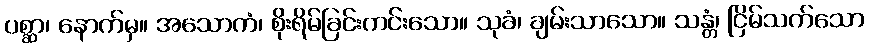
ပစ္ဆာ၊ နောက်မှ။ အသောကံ၊ စိုးရိမ်ခြင်းကင်းသော။ သုခံ၊ ချမ်းသာသော။ သန္တံ၊ ငြိမ်သက်သော